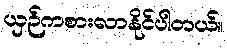
ယှဉ်ကစားလာနိုင်ပါတယ်။